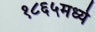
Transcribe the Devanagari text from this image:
१८६५मध्ये